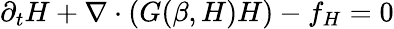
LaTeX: \partial_{t}H+\nabla\cdot(G(\beta,H)H)-f_{H}=0